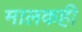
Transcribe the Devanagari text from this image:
मालकही